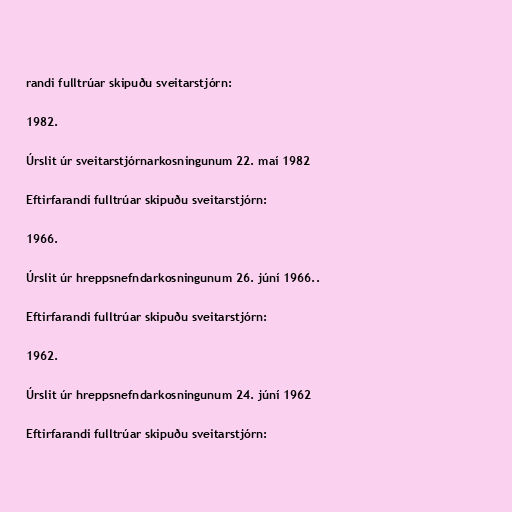
randi fulltrúar skipuðu sveitarstjórn:

1982.

Úrslit úr sveitarstjórnarkosningunum 22. maí 1982

Eftirfarandi fulltrúar skipuðu sveitarstjórn:

1966.

Úrslit úr hreppsnefndarkosningunum 26. júní 1966..

Eftirfarandi fulltrúar skipuðu sveitarstjórn:

1962.

Úrslit úr hreppsnefndarkosningunum 24. júní 1962

Eftirfarandi fulltrúar skipuðu sveitarstjórn: